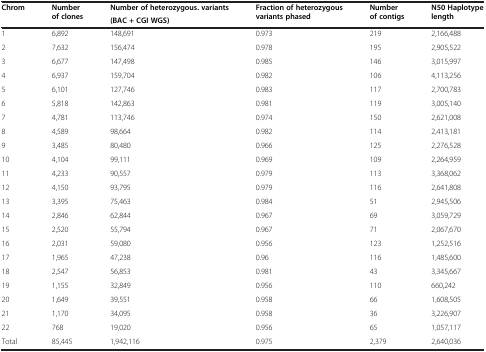
<table><thead><tr><td><b>Chrom</b></td><td><b>Number of clones</b></td><td><b>Number of heterozygous. variants</b></td><td><b>Fraction of heterozygous variants phased</b></td><td><b>Number of contigs</b></td><td><b>N50 Haplotype length</b></td></tr><tr><td><b> </b></td><td><b> </b></td><td><b>(BAC + CGI WGS)</b></td><td><b> </b></td><td><b> </b></td><td><b> </b></td></tr></thead><tbody><tr><td>1</td><td>6,892</td><td>148,691</td><td>0.973</td><td>219</td><td>2,166,488</td></tr><tr><td>2</td><td>7,632</td><td>156,474</td><td>0.978</td><td>195</td><td>2,905,522</td></tr><tr><td>3</td><td>6,677</td><td>147,498</td><td>0.985</td><td>146</td><td>3,015,997</td></tr><tr><td>4</td><td>6,937</td><td>159,704</td><td>0.982</td><td>106</td><td>4,113,256</td></tr><tr><td>5</td><td>6,101</td><td>127,746</td><td>0.983</td><td>117</td><td>2,700,783</td></tr><tr><td>6</td><td>5,818</td><td>142,863</td><td>0.981</td><td>119</td><td>3,005,140</td></tr><tr><td>7</td><td>4,781</td><td>113,746</td><td>0.974</td><td>150</td><td>2,621,008</td></tr><tr><td>8</td><td>4,589</td><td>98,664</td><td>0.982</td><td>114</td><td>2,413,181</td></tr><tr><td>9</td><td>3,485</td><td>80,480</td><td>0.966</td><td>125</td><td>2,276,528</td></tr><tr><td>10</td><td>4,104</td><td>99,111</td><td>0.969</td><td>109</td><td>2,264,959</td></tr><tr><td>11</td><td>4,233</td><td>90,557</td><td>0.979</td><td>113</td><td>3,368,062</td></tr><tr><td>12</td><td>4,150</td><td>93,795</td><td>0.979</td><td>116</td><td>2,641,808</td></tr><tr><td>13</td><td>3,395</td><td>75,463</td><td>0.984</td><td>51</td><td>2,945,506</td></tr><tr><td>14</td><td>2,846</td><td>62,844</td><td>0.967</td><td>69</td><td>3,059,729</td></tr><tr><td>15</td><td>2,520</td><td>55,794</td><td>0.967</td><td>71</td><td>2,067,670</td></tr><tr><td>16</td><td>2,031</td><td>59,080</td><td>0.956</td><td>123</td><td>1,252,516</td></tr><tr><td>17</td><td>1,965</td><td>47,238</td><td>0.96</td><td>116</td><td>1,485,600</td></tr><tr><td>18</td><td>2,547</td><td>56,853</td><td>0.981</td><td>43</td><td>3,345,667</td></tr><tr><td>19</td><td>1,155</td><td>32,849</td><td>0.956</td><td>110</td><td>660,242</td></tr><tr><td>20</td><td>1,649</td><td>39,551</td><td>0.958</td><td>66</td><td>1,608,505</td></tr><tr><td>21</td><td>1,170</td><td>34,095</td><td>0.958</td><td>36</td><td>3,226,907</td></tr><tr><td>22</td><td>768</td><td>19,020</td><td>0.956</td><td>65</td><td>1,057,117</td></tr><tr><td>Total</td><td>85,445</td><td>1,942,116</td><td>0.975</td><td>2,379</td><td>2,640,036</td></tr></tbody></table>